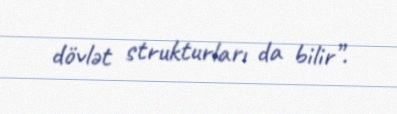
dövlət strukturları da bilir”.